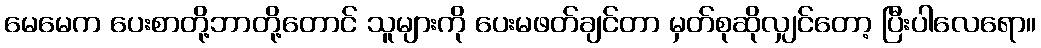
မေမေက ပေးစာတို့ဘာတို့တောင် သူများကို ပေးမဖတ်ချင်တာ မှတ်စုဆိုလျှင်တော့ ပြီးပါလေရော။